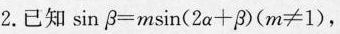
2. 已知 sin β=msin(2a+β)(m≠1)m}\tan \alpha . ,